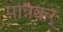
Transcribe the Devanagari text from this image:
पन्निक्कर्